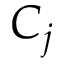
C _ { j }